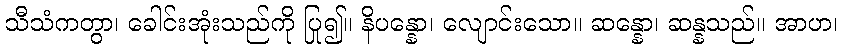
သီသံကတွာ၊ ခေါင်းအုံးသည်ကို ပြု၍။ နိပန္နော၊ လျောင်းသော။ ဆန္နော၊ ဆန္နသည်။ အာဟ၊